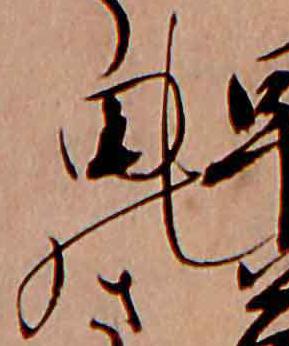
の